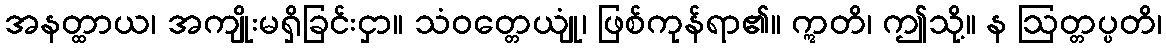
အနတ္ထာယ၊ အကျိုးမရှိခြင်းငှာ။ သံဝတ္တေယျုံ၊ ဖြစ်ကုန်ရာ၏။ ဣတိ၊ ဤသို့။ န ဩတ္တပ္ပတိ၊